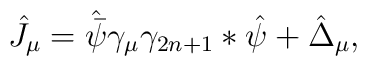
\hat J_\mu= \hat {\bar \psi }\gamma_\mu\gamma_{2n+1}*\hat\psi+ \hat\Delta _\mu ,